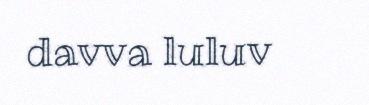
davva luluv